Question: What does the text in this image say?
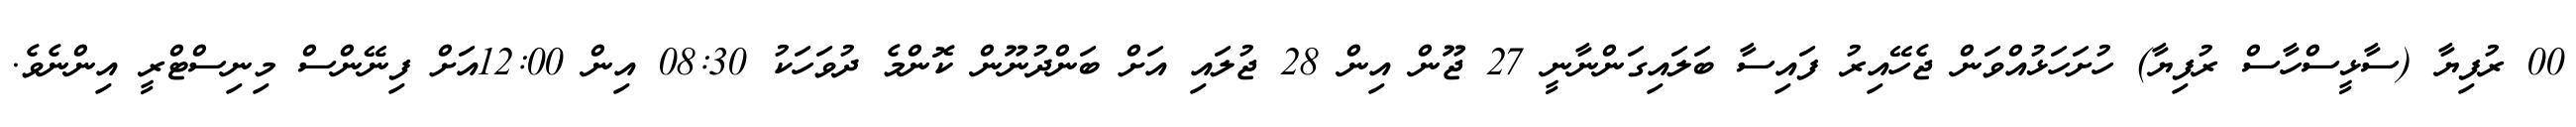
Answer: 00 ރުފިޔާ (ސާޅީސްހާސް ރުފިޔާ) ހުށަހަޅުއްވަން ޖެހޭއިރު ފައިސާ ބަލައިގަންނާނީ 27 ޖޫން އިން 28 ޖުލައި އަށް ބަންދުނޫން ކޮންމެ ދުވަހަކު 08:30 އިން 12:00އަށް ފިނޭންސް މިނިސްޓްރީ އިންނެވެ.